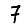
Digit: 7